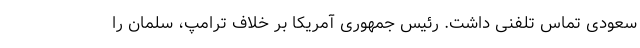
سعودی تماس تلفنی داشت. رئیس جمهوری آمریکا بر خلاف ترامپ، سلمان را